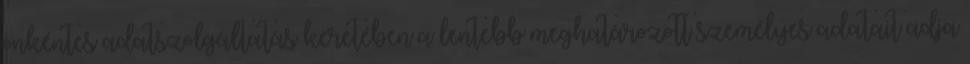
önkéntes adatszolgáltatás keretében a lentebb meghatározott személyes adatait adja